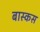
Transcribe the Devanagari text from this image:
बास्कस